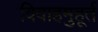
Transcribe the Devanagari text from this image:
विवाहमुहूर्त